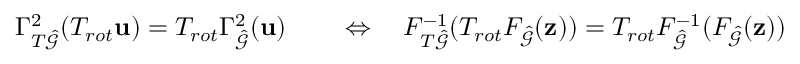
\begin{array} { r l } { \Gamma _ { T \hat { \mathcal { G } } } ^ { 2 } ( T _ { r o t } \mathbf { u } ) = T _ { r o t } \Gamma _ { \hat { \mathcal { G } } } ^ { 2 } ( \mathbf { u } ) } & { { } \quad \Leftrightarrow \quad F _ { T \hat { \mathcal { G } } } ^ { - 1 } ( T _ { r o t } F _ { \hat { \mathcal { G } } } ( \mathbf { z } ) ) = T _ { r o t } F _ { \hat { \mathcal { G } } } ^ { - 1 } ( F _ { \hat { \mathcal { G } } } ( \mathbf { z } ) ) } \end{array}